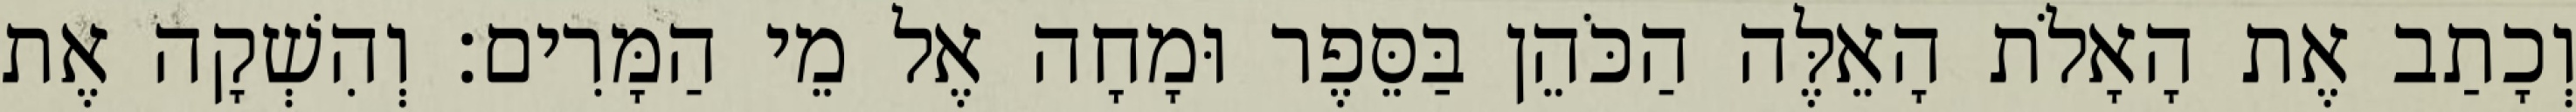
וְכָתַב אֶת הָאָלֹת הָאֵלֶּה הַכֹּהֵן בַּסֵּפֶר וּמָחָה אֶל מֵי הַמָּרִים׃ וְהִשְׁקָה אֶת